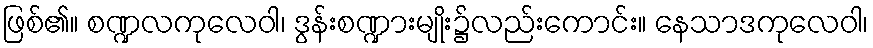
ဖြစ်၏။ စဏ္ဍလကုလေဝါ၊ ဒွန်းစဏ္ဍားမျိုး၌လည်းကောင်း။ နေသာဒကုလေဝါ၊